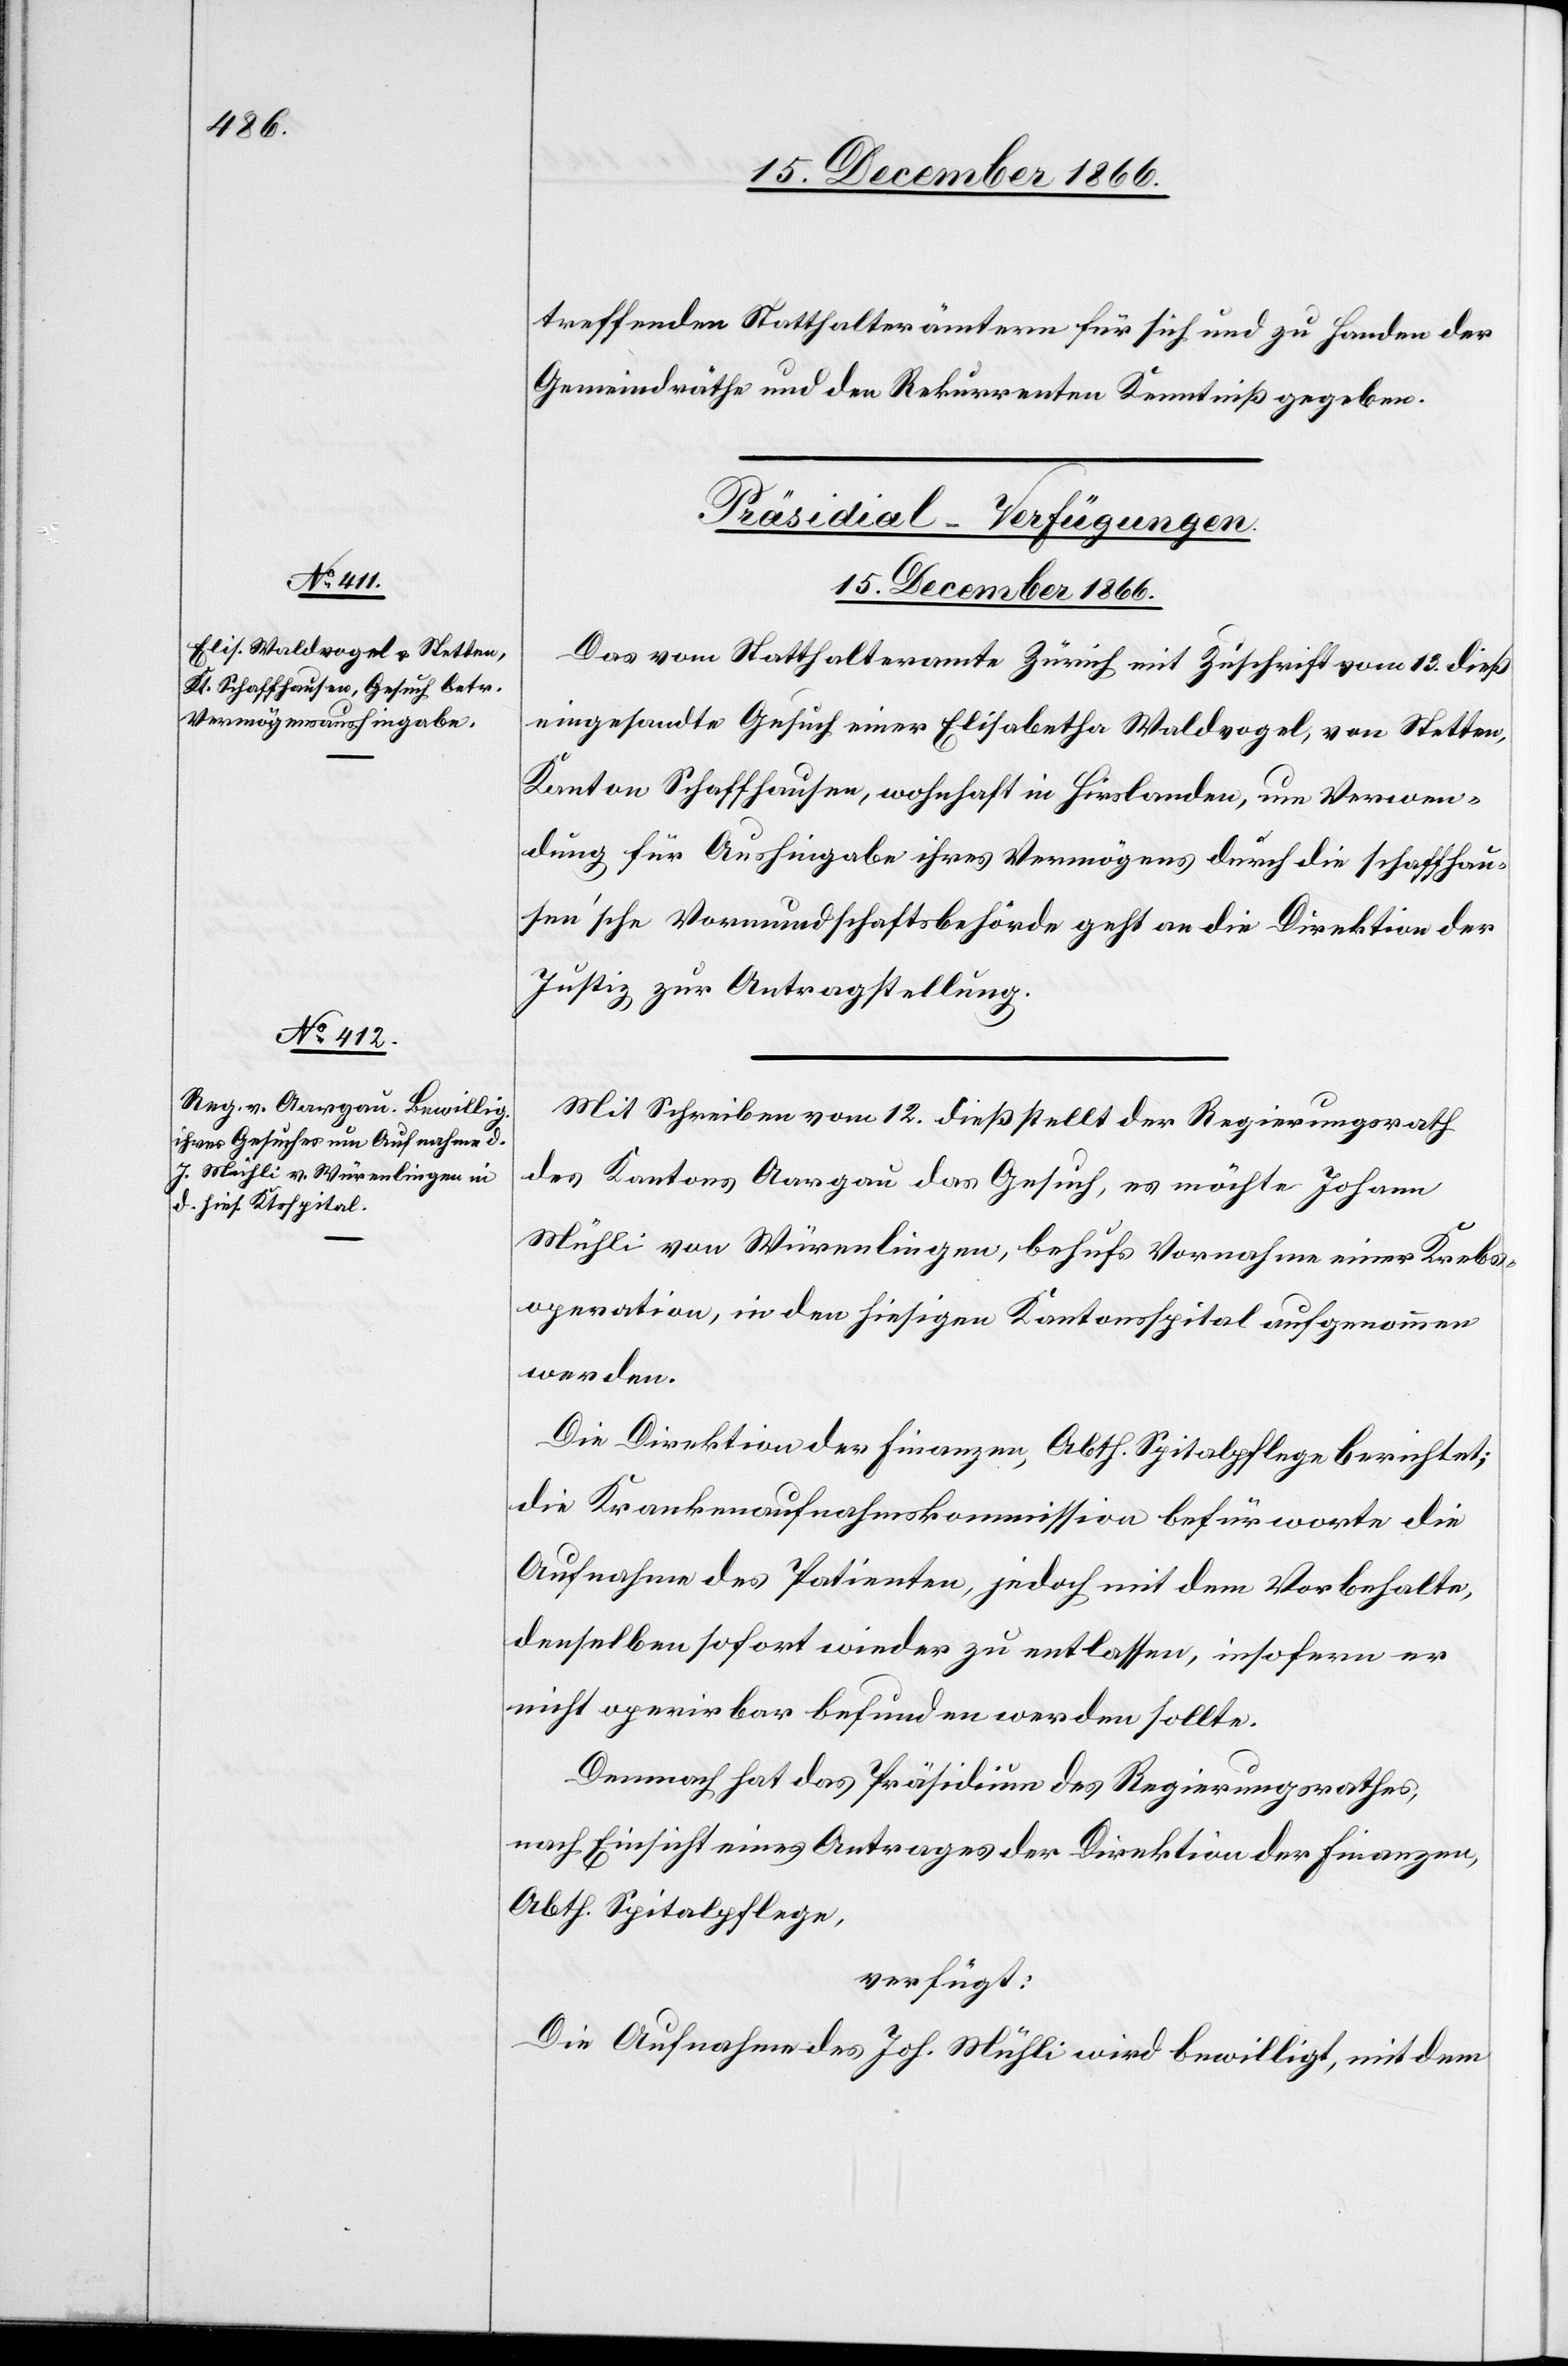
treffenden Statthalterämtern für sich und zu Handen der
Gemeindräthe und den Rekurrenten Kenntniß gegeben.
[Präsidial-Verfügungen.
15. December 1866.]
Das vom Statthalteramte Zürich mit Zuschrift vom 13. dieß
eingesandte Gesuch einer Elisabetha Waldvogel, von Stetten,
Kanton Schaffhausen, wohnhaft in Hirslanden, um Verwen¬
dung für Aushingabe ihres Vermögens durch die schaffhau¬
sen’sche Vormundschaftsbehörde geht an die Direktion der
Justiz zur Antragstellung.
Mit Schreiben vom 12. dieß stellt der Regierungsrath
des Kantons Aargau das Gesuch, es möchte Johann
Mühli von Würenlingen, behufs Vornahme einer Krebs¬
operation, in den hiesigen Kantonsspital aufgenommen
werden.
Die Direktion der Finanzen, Abth. Spitalpflege berichtet:
die Krankenaufnahmskommission befürworte die
Aufnahme des Patienten, jedoch mit dem Vorbehalte,
denselben sofort wieder zu entlassen, insofern er
nicht operirbar befunden werden sollte.
Demnach hat das Präsidium des Regierungsrathes,
nach Einsicht eines Antrages der Direktion der Finanzen,
Abth. Spitalpflege,
verfügt:
Die Aufnahme des Joh. Mühli wird bewilligt, mit dem